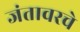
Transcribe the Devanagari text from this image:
जंतावरचे